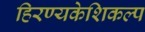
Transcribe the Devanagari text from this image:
हिरण्यकेशिकल्प